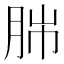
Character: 𦛎